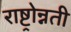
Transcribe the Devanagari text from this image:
राष्ट्रोन्नती